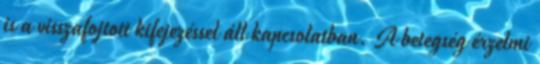
is a visszafojtott kifejezéssel áll kapcsolatban. A betegség érzelmi